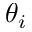
\theta _ { i }